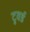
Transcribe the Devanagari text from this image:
टुवर्ड